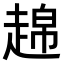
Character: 𧼣